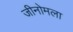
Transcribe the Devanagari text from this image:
जीनोमला